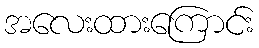
အလေးထားကြောင်း